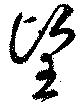
望